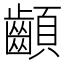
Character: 𩖁